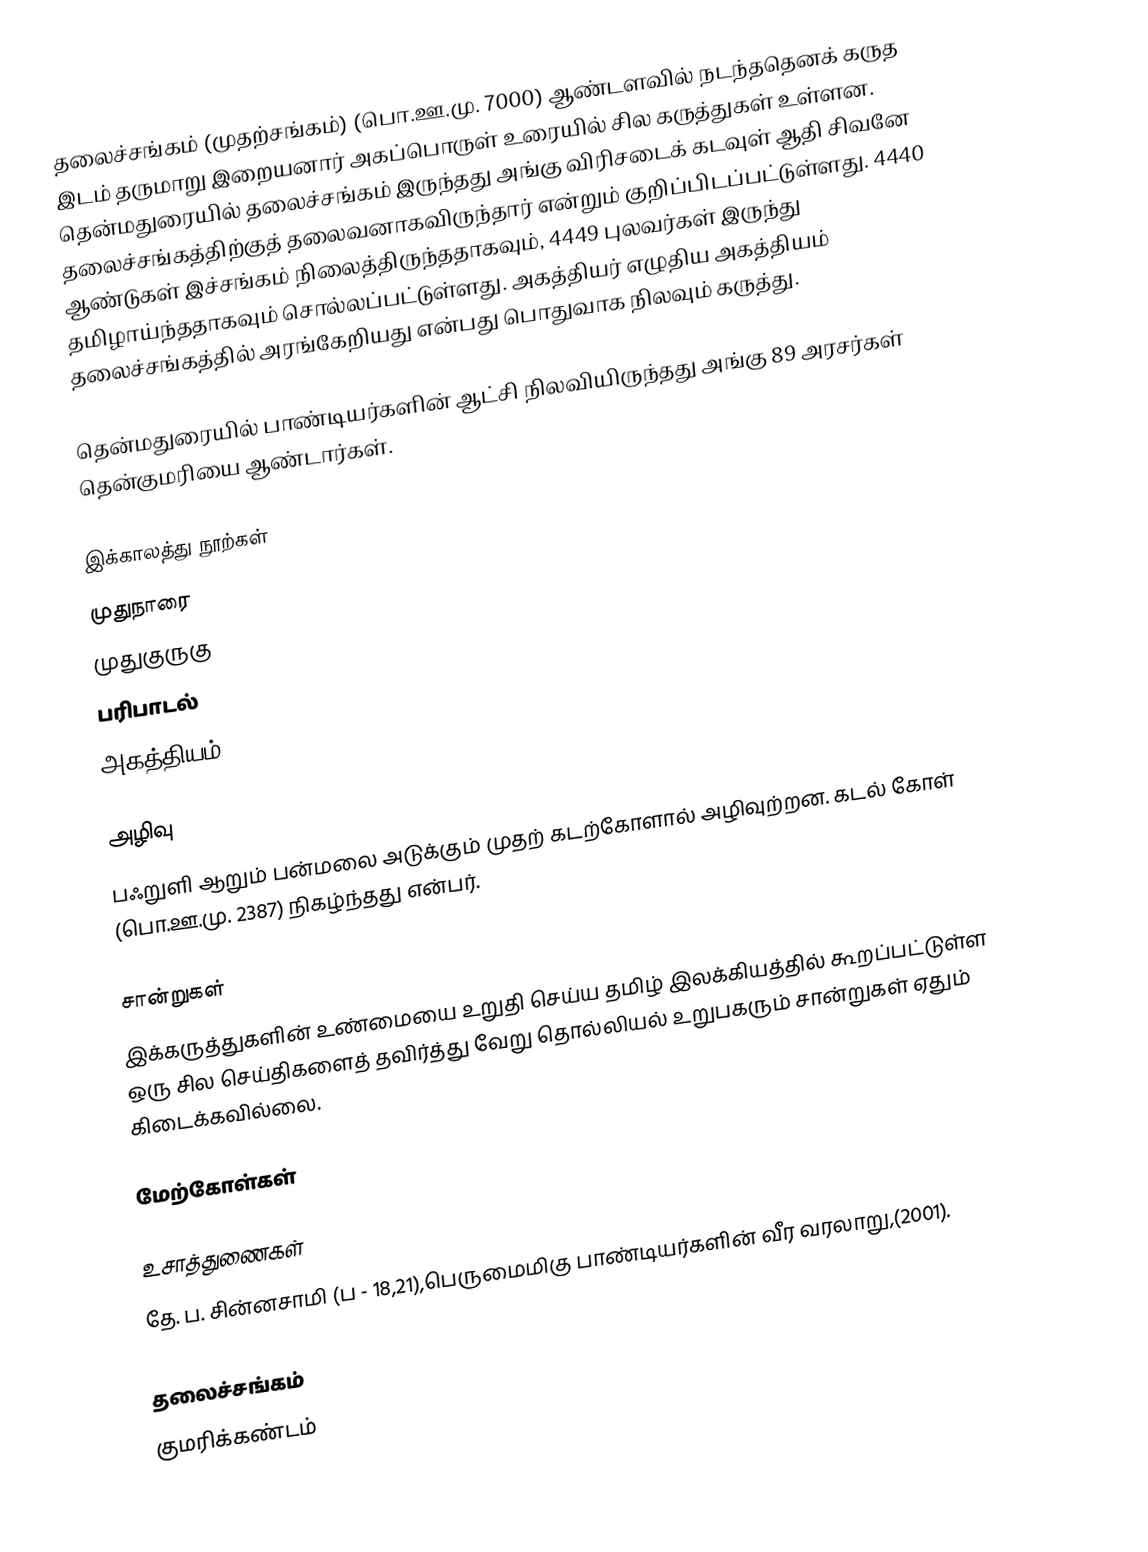
தலைச்சங்கம் (முதற்சங்கம்) (பொ.ஊ.மு. 7000) ஆண்டளவில் நடந்ததெனக் கருத இடம் தருமாறு இறையனார் அகப்பொருள் உரையில் சில கருத்துகள் உள்ளன. தென்மதுரையில் தலைச்சங்கம் இருந்தது அங்கு விரிசடைக் கடவுள் ஆதி சிவனே தலைச்சங்கத்திற்குத் தலைவனாகவிருந்தார் என்றும் குறிப்பிடப்பட்டுள்ளது. 4440 ஆண்டுகள் இச்சங்கம் நிலைத்திருந்ததாகவும், 4449 புலவர்கள் இருந்து தமிழாய்ந்ததாகவும் சொல்லப்பட்டுள்ளது. அகத்தியர் எழுதிய அகத்தியம் தலைச்சங்கத்தில் அரங்கேறியது என்பது பொதுவாக நிலவும் கருத்து.

தென்மதுரையில் பாண்டியர்களின் ஆட்சி நிலவியிருந்தது அங்கு 89 அரசர்கள் தென்குமரியை ஆண்டார்கள்.

இக்காலத்து நூற்கள்
 முதுநாரை
 முதுகுருகு
 பரிபாடல்
 அகத்தியம்

அழிவு
பஃறுளி ஆறும் பன்மலை அடுக்கும் முதற் கடற்கோளால் அழிவுற்றன. கடல் கோள் (பொ.ஊ.மு. 2387) நிகழ்ந்தது என்பர்.

சான்றுகள்
இக்கருத்துகளின் உண்மையை உறுதி செய்ய தமிழ் இலக்கியத்தில் கூறப்பட்டுள்ள ஒரு சில செய்திகளைத் தவிர்த்து வேறு தொல்லியல் உறுபகரும் சான்றுகள் ஏதும் கிடைக்கவில்லை.

மேற்கோள்கள்

உசாத்துணைகள்
தே. ப. சின்னசாமி (ப - 18,21),பெருமைமிகு பாண்டியர்களின் வீர வரலாறு,(2001).

தலைச்சங்கம்
குமரிக்கண்டம்